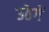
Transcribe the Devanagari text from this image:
उठेगें